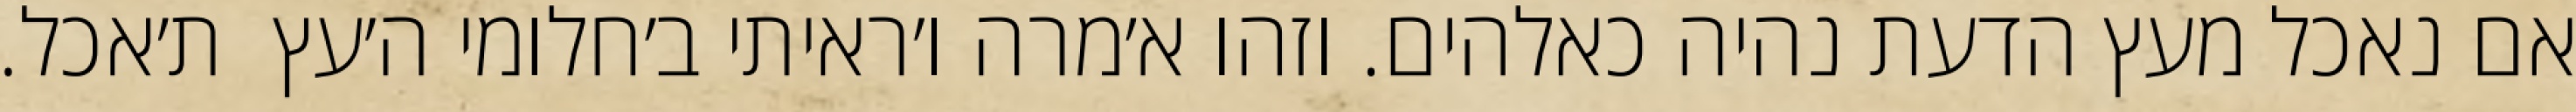
אם נאכל מעץ הדעת נהיה כאלהים. וזהו א׳מרה ו׳ראיתי ב׳חלומי ה׳עץ  ת׳אכל.